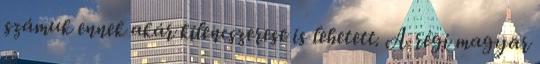
számuk ennek akár kilencszerese is lehetett. A régi magyar